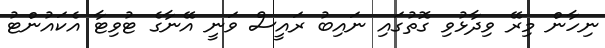
ނިހާން މިރޭ ވިދާޅުވި ގޮތުގައި ނައިބު ރައީސް ވަނީ އޭނާގެ ޓުވިޓާ އެކައުންޓު